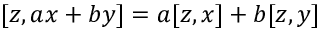
[ z , a x + b y ] = a [ z , x ] + b [ z , y ]